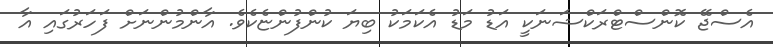
އެސްޖޭ ކޮންސްޓްރަކްޝަނަކީ އަޑު މަޑު އެކަމަކު ބިޔަ ކުންފުންޏެކެވެ. އާންމުންނަށް ފަހަރުގައި އާ